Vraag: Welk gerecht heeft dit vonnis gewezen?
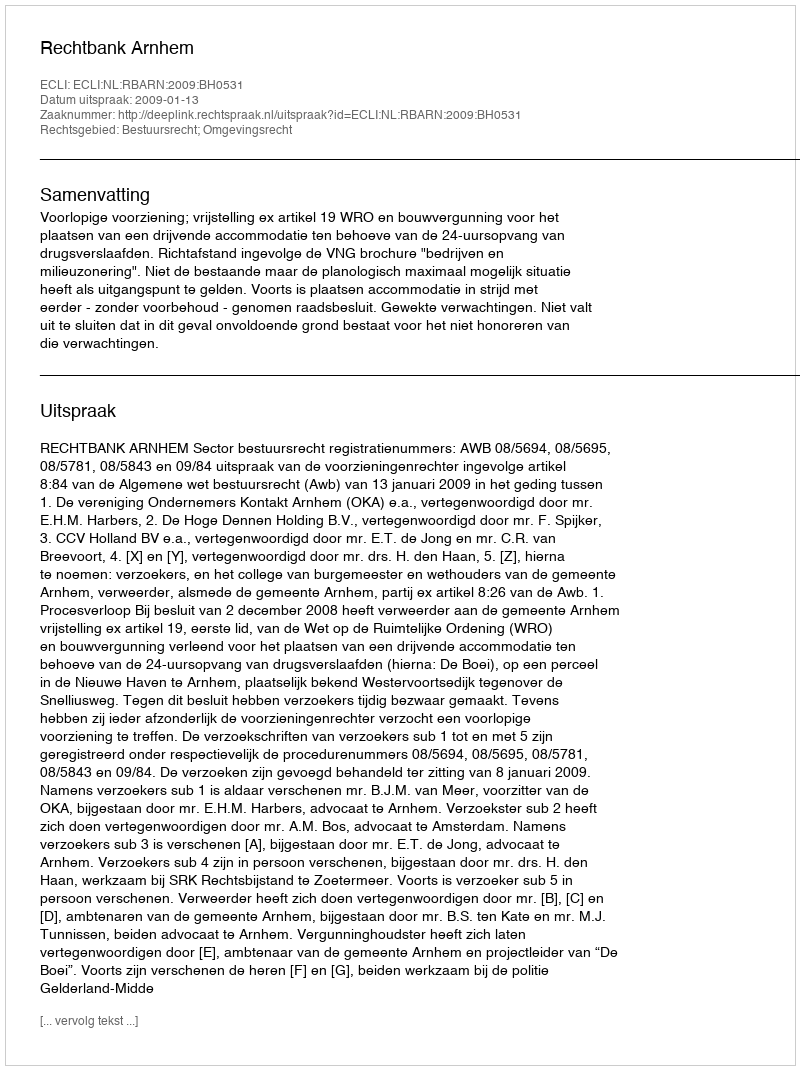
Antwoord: Rechtbank Arnhem